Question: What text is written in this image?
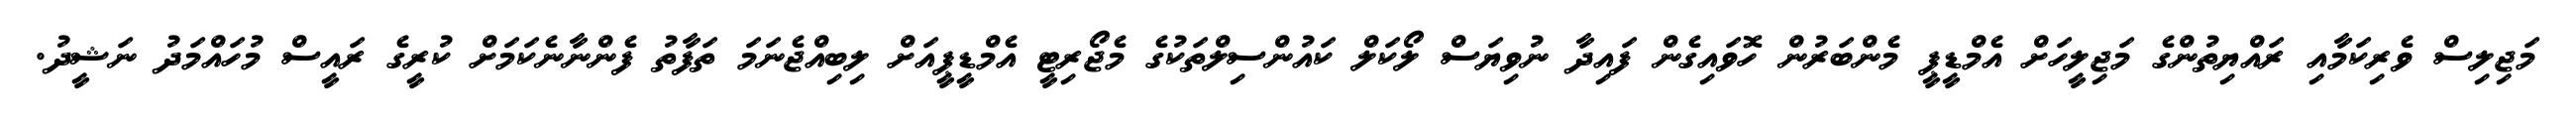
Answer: މަޖިލިސް ވެރިކަމާއި ރައްޔިތުންގެ މަޖިލީހަށް އެމްޑީޕީ މެންބަރުން ހޮވައިގެން ފައިދާ ނުވިޔަސް ލޯކަލް ކައުންސިލްތަކުގެ މެޖޯރިޓީ އެމްޑީޕީއަށް ލިބިއްޖެނަމަ ތަފާތު ފެންނާނެކަމަށް ކުރީގެ ރައީސް މުހައްމަދު ނަޝީދު.